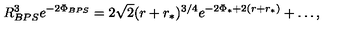
R _ { B P S } ^ { 3 } e ^ { - 2 \Phi _ { B P S } } = 2 \sqrt { 2 } ( r + r _ { * } ) ^ { 3 / 4 } e ^ { - 2 \Phi _ { * } + 2 ( r + r _ { * } ) } + \ldots ,